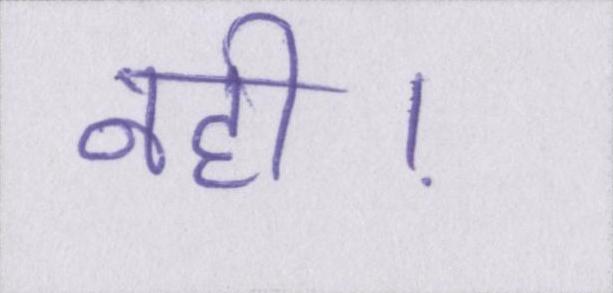
नही।